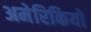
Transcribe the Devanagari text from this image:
अमेरिकियों